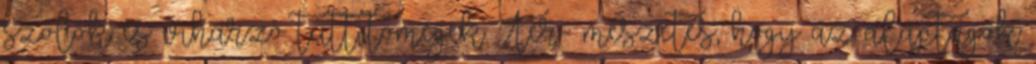
szólók és viharzó tuttitömegek. Ter- mészetes, hogy az alaptagok